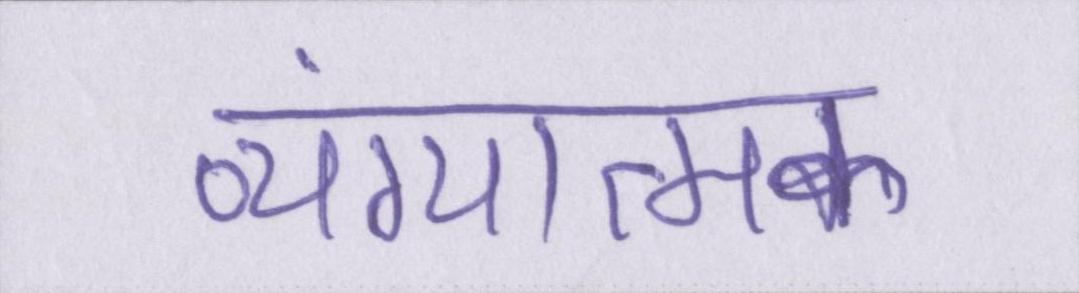
व्यंग्यात्मक